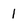
Character: 1